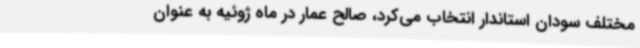
مختلف سودان استاندار انتخاب می‌کرد، صالح عمار در ماه ژوئیه به عنوان